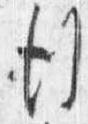
行